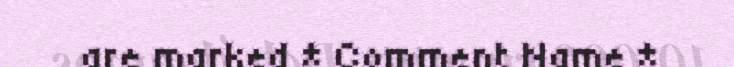
are marked * Comment Name *